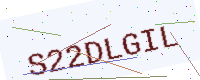
Text: S22DLGIL